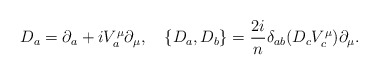
\begin{align*}D_a=\partial_a + i V_a^\mu \partial_\mu,\quad\{ D_a, D_b\} = {2i\over n} \delta_{ab}(D_c V^\mu_c)\partial_\mu.\end{align*}